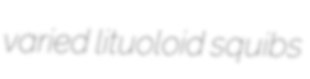
varied lituoloid squibs